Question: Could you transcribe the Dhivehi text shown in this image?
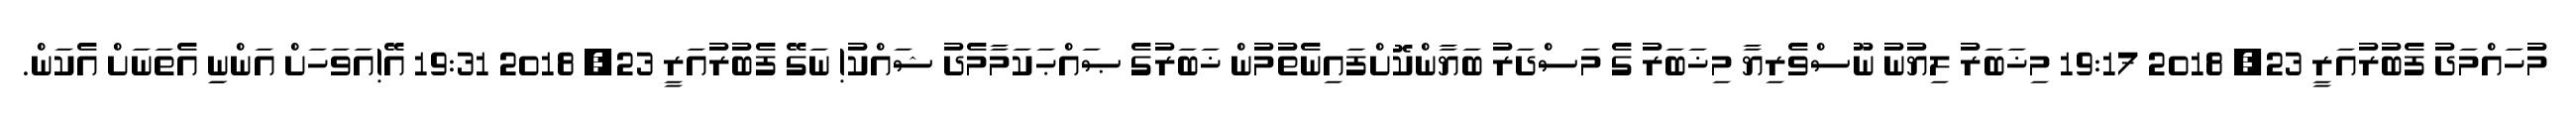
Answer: މުހައްމަދު ފެބުރުއަރީ 23, 2018 19:17 މިޚަބަރު ލިޔުނު ނޫސްވެރިޔާ މިޚަބަރު ގެ މަސްދަރު ބަޔާންކޮށްފައިނެތުމުން ޚަބަރުގެ ޞައްޙަކަމާމެދު ޝައްކު! ނަގޭ ފެބުރުއަރީ 23, 2018 19:31 އޭ!އަވަހަށް އަންނިި އެތަނަށް އެކަން.